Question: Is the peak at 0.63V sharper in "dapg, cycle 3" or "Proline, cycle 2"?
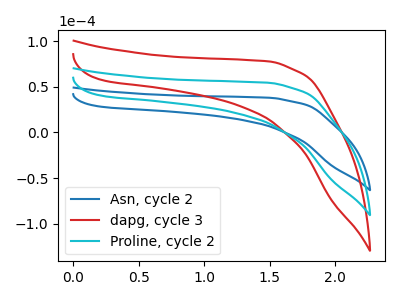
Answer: <think>The blue curve "Asn, cycle 2" has no peaks. The red curve "dapg, cycle 3" has no peaks. The cyan curve "Proline, cycle 2" has no peaks.</think>
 <answer>"dapg, cycle 3" and "Proline, cycle 2" dont share a peak at 0.63V.</answer>
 <eval>mismatch</eval>